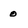
Character: 0